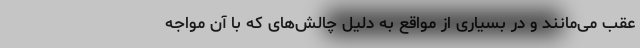
عقب می‌مانند و در بسیاری از مواقع به دلیل چالش‌های که با آن مواجه